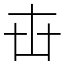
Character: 𠦔